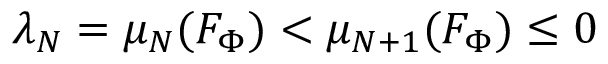
\lambda _ { N } = \mu _ { N } ( F _ { \Phi } ) < \mu _ { N + 1 } ( F _ { \Phi } ) \le 0